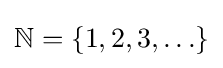
\mathbb {N} =\{1,2,3,\ldots \}